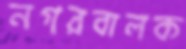
নগরবালক